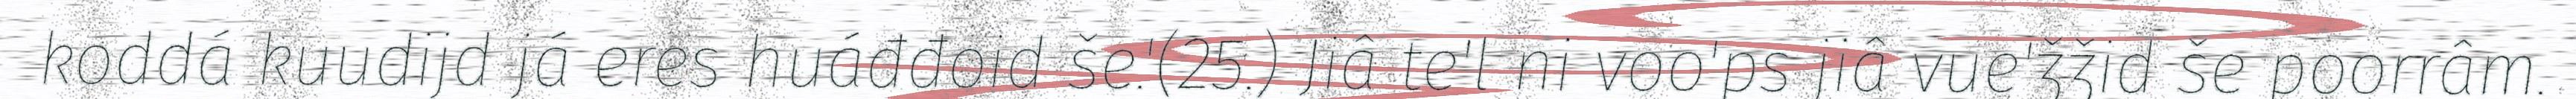
koddá kuudijd já eres huáđđoid še.'(25.) Jiâ te'l ni voo'ps jiâ vue'ǯǯid še poorrâm.